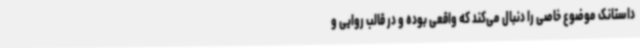
داستانک موضوع خاصی را دنبال می‌کند که واقعی بوده و در قالب روایی و